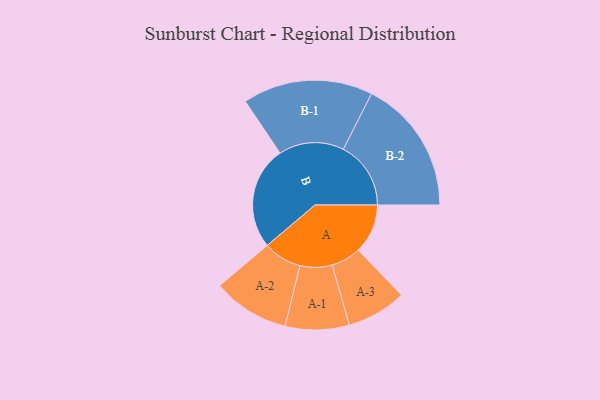
{"axis": {"x": "Segment", "y": "Value"}, "legend": ["", "A", "B"], "data": [{"x": "A", "y": 207, "type": ""}, {"x": "B", "y": 432, "type": ""}, {"x": "A-1", "y": 134, "type": "A"}, {"x": "A-2", "y": 161, "type": "A"}, {"x": "A-3", "y": 125, "type": "A"}, {"x": "B-1", "y": 273, "type": "B"}, {"x": "B-2", "y": 283, "type": "B"}]}